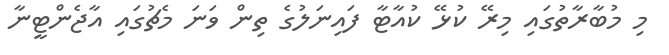
މި މުބާރާތުގައި މިރޭ ކުޅޭ ކުއާޓާ ފައިނަލުގެ ތިން ވަނަ މެޗުގައި އާޖެންޓީނާ